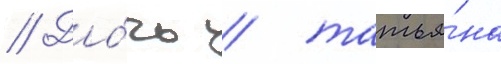
// До́чь / татья́на